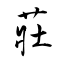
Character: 莊